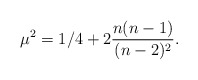
\begin{align*}\mu^2=1/4+2{ {n(n-1)} \over (n-2)^2} .\end{align*}